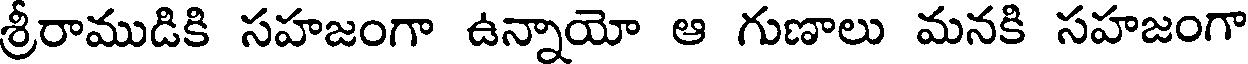
శ్రీరాముడికి సహజంగా ఉన్నాయో ఆ గుణాలు మనకి సహజంగా